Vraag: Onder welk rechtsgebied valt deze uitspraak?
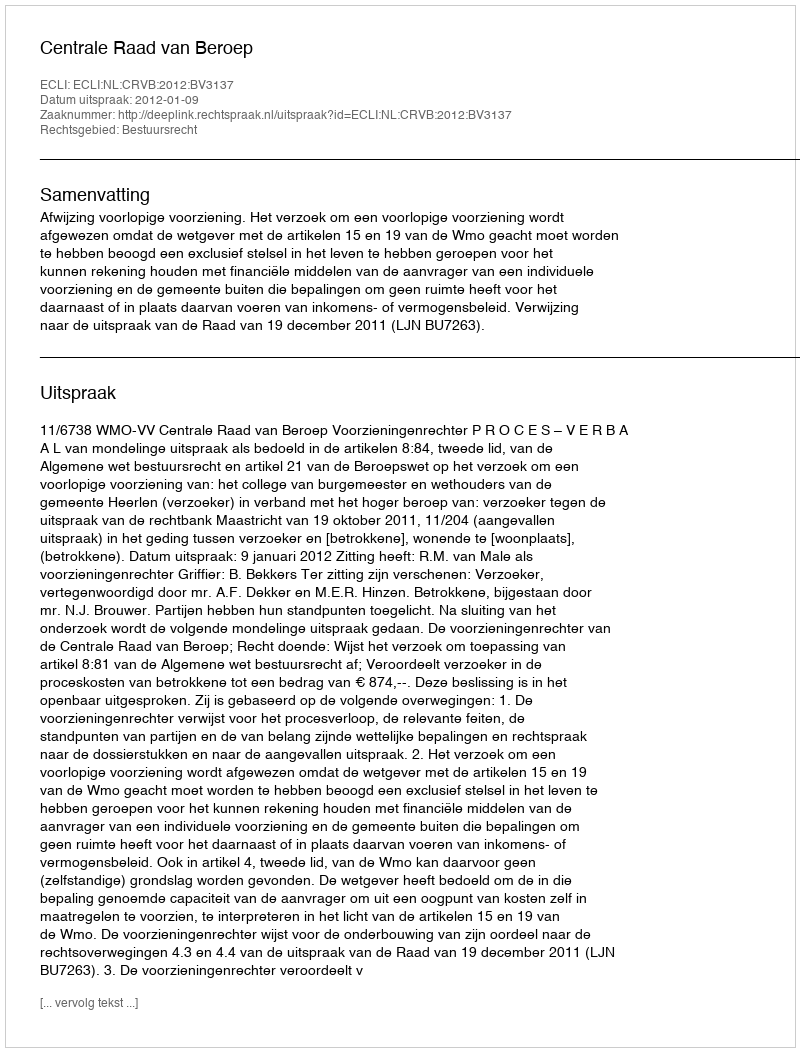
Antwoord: Bestuursrecht